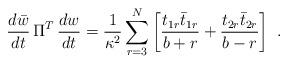
LaTeX: \begin{align*}{d\bar w \over dt}\,\Pi^T \,{dw \over dt} = {1 \over \kappa^2} \sum_{r=3}^N \left[ {t_{1r} \bar t_{1r} \over b+r } + {t_{2r} \bar t_{2r} \over b-r }\right] \, \,.\end{align*}